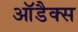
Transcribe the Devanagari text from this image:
आॅडैक्स